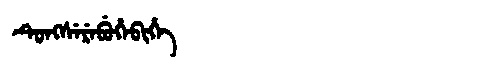
Manchu: ᡨᡠᠩᠰᡝᡵᡝᠪᡠᡥᡝᠪᡳᡥᡝ
Romanization: TUNGSEREBUHEBIHE